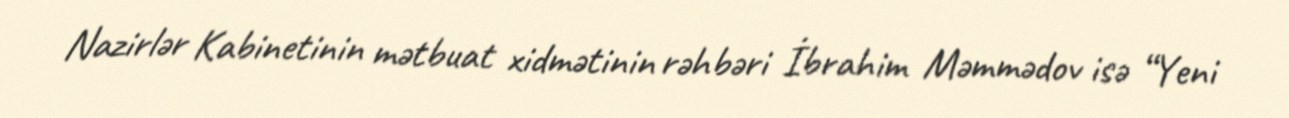
Nazirlər Kabinetinin mətbuat xidmətinin rəhbəri İbrahim Məmmədov isə “Yeni